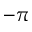
- \pi